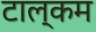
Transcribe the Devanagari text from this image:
टाल्कम